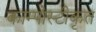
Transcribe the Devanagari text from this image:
काम्पोस्टीकृत